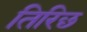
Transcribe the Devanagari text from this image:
तिरिछ